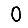
Digit: 0